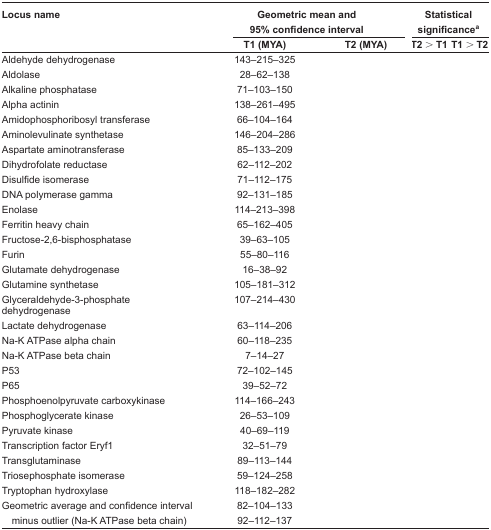
<table><thead><tr><td><b>Locus name</b></td><td colspan="2"><b>Geometric mean and 95% confidence interval</b></td><td colspan="2"><b>Statistical significancea</b></td></tr><tr><td>[EMPTY_CELL]</td><td><b>T1 (MYA)</b></td><td><b>T2 (MYA)</b></td><td><b>T2 &gt; T1</b></td><td><b>T1 &gt; T2</b></td></tr></thead><tbody><tr><td>Aldehyde dehydrogenase</td><td>143–215–325</td><td>[EMPTY_CELL]</td><td>[EMPTY_CELL]</td><td>[EMPTY_CELL]</td></tr><tr><td>Aldolase</td><td>28–62–138</td><td>[EMPTY_CELL]</td><td>[EMPTY_CELL]</td><td>[EMPTY_CELL]</td></tr><tr><td>Alkaline phosphatase</td><td>71–103–150</td><td>[EMPTY_CELL]</td><td>[EMPTY_CELL]</td><td>[EMPTY_CELL]</td></tr><tr><td>Alpha actinin</td><td>138–261–495</td><td>[EMPTY_CELL]</td><td>[EMPTY_CELL]</td><td>[EMPTY_CELL]</td></tr><tr><td>Amidophosphoribosyl transferase</td><td>66–104–164</td><td>[EMPTY_CELL]</td><td>[EMPTY_CELL]</td><td>[EMPTY_CELL]</td></tr><tr><td>Aminolevulinate synthetase</td><td>146–204–286</td><td>[EMPTY_CELL]</td><td>[EMPTY_CELL]</td><td>[EMPTY_CELL]</td></tr><tr><td>Aspartate aminotransferase</td><td>85–133–209</td><td>[EMPTY_CELL]</td><td>[EMPTY_CELL]</td><td>[EMPTY_CELL]</td></tr><tr><td>Dihydrofolate reductase</td><td>62–112–202</td><td>[EMPTY_CELL]</td><td>[EMPTY_CELL]</td><td>[EMPTY_CELL]</td></tr><tr><td>Disulfide isomerase</td><td>71–112–175</td><td>[EMPTY_CELL]</td><td>[EMPTY_CELL]</td><td>[EMPTY_CELL]</td></tr><tr><td>DNA polymerase gamma</td><td>92–131–185</td><td>[EMPTY_CELL]</td><td>[EMPTY_CELL]</td><td>[EMPTY_CELL]</td></tr><tr><td>Enolase</td><td>114–213–398</td><td>[EMPTY_CELL]</td><td>[EMPTY_CELL]</td><td>[EMPTY_CELL]</td></tr><tr><td>Ferritin heavy chain</td><td>65–162–405</td><td>[EMPTY_CELL]</td><td>[EMPTY_CELL]</td><td>[EMPTY_CELL]</td></tr><tr><td>Fructose-2,6-bisphosphatase</td><td>39–63–105</td><td>[EMPTY_CELL]</td><td>[EMPTY_CELL]</td><td>[EMPTY_CELL]</td></tr><tr><td>Furin</td><td>55–80–116</td><td>[EMPTY_CELL]</td><td>[EMPTY_CELL]</td><td>[EMPTY_CELL]</td></tr><tr><td>Glutamate dehydrogenase</td><td>16–38–92</td><td>[EMPTY_CELL]</td><td>[EMPTY_CELL]</td><td>[EMPTY_CELL]</td></tr><tr><td>Glutamine synthetase</td><td>105–181–312</td><td>[EMPTY_CELL]</td><td>[EMPTY_CELL]</td><td>[EMPTY_CELL]</td></tr><tr><td>Glyceraldehyde-3-phosphate dehydrogenase</td><td>107–214–430</td><td>[EMPTY_CELL]</td><td>[EMPTY_CELL]</td><td>[EMPTY_CELL]</td></tr><tr><td>Lactate dehydrogenase</td><td>63–114–206</td><td>[EMPTY_CELL]</td><td>[EMPTY_CELL]</td><td>[EMPTY_CELL]</td></tr><tr><td>Na-K ATPase alpha chain</td><td>60–118–235</td><td>[EMPTY_CELL]</td><td>[EMPTY_CELL]</td><td>[EMPTY_CELL]</td></tr><tr><td>Na-K ATPase beta chain</td><td>7–14–27</td><td>[EMPTY_CELL]</td><td>[EMPTY_CELL]</td><td>[EMPTY_CELL]</td></tr><tr><td>P53</td><td>72–102–145</td><td>[EMPTY_CELL]</td><td>[EMPTY_CELL]</td><td>[EMPTY_CELL]</td></tr><tr><td>P65</td><td>39–52–72</td><td>[EMPTY_CELL]</td><td>[EMPTY_CELL]</td><td>[EMPTY_CELL]</td></tr><tr><td>Phosphoenolpyruvate carboxykinase</td><td>114–166–243</td><td>[EMPTY_CELL]</td><td>[EMPTY_CELL]</td><td>[EMPTY_CELL]</td></tr><tr><td>Phosphoglycerate kinase</td><td>26–53–109</td><td>[EMPTY_CELL]</td><td>[EMPTY_CELL]</td><td>[EMPTY_CELL]</td></tr><tr><td>Pyruvate kinase</td><td>40–69–119</td><td>[EMPTY_CELL]</td><td>[EMPTY_CELL]</td><td>[EMPTY_CELL]</td></tr><tr><td>Transcription factor Eryf1</td><td>32–51–79</td><td>[EMPTY_CELL]</td><td>[EMPTY_CELL]</td><td>[EMPTY_CELL]</td></tr><tr><td>Transglutaminase</td><td>89–113–144</td><td>[EMPTY_CELL]</td><td>[EMPTY_CELL]</td><td>[EMPTY_CELL]</td></tr><tr><td>Triosephosphate isomerase</td><td>59–124–258</td><td>[EMPTY_CELL]</td><td>[EMPTY_CELL]</td><td>[EMPTY_CELL]</td></tr><tr><td>Tryptophan hydroxylase</td><td>118–182–282</td><td>[EMPTY_CELL]</td><td>[EMPTY_CELL]</td><td>[EMPTY_CELL]</td></tr><tr><td>Geometric average and confidence interval</td><td>82–104–133</td><td>[EMPTY_CELL]</td><td>[EMPTY_CELL]</td><td>[EMPTY_CELL]</td></tr><tr><td> minus outlier (Na-K ATPase beta chain)</td><td>92–112–137</td><td>[EMPTY_CELL]</td><td>[EMPTY_CELL]</td><td>[EMPTY_CELL]</td></tr></tbody></table>